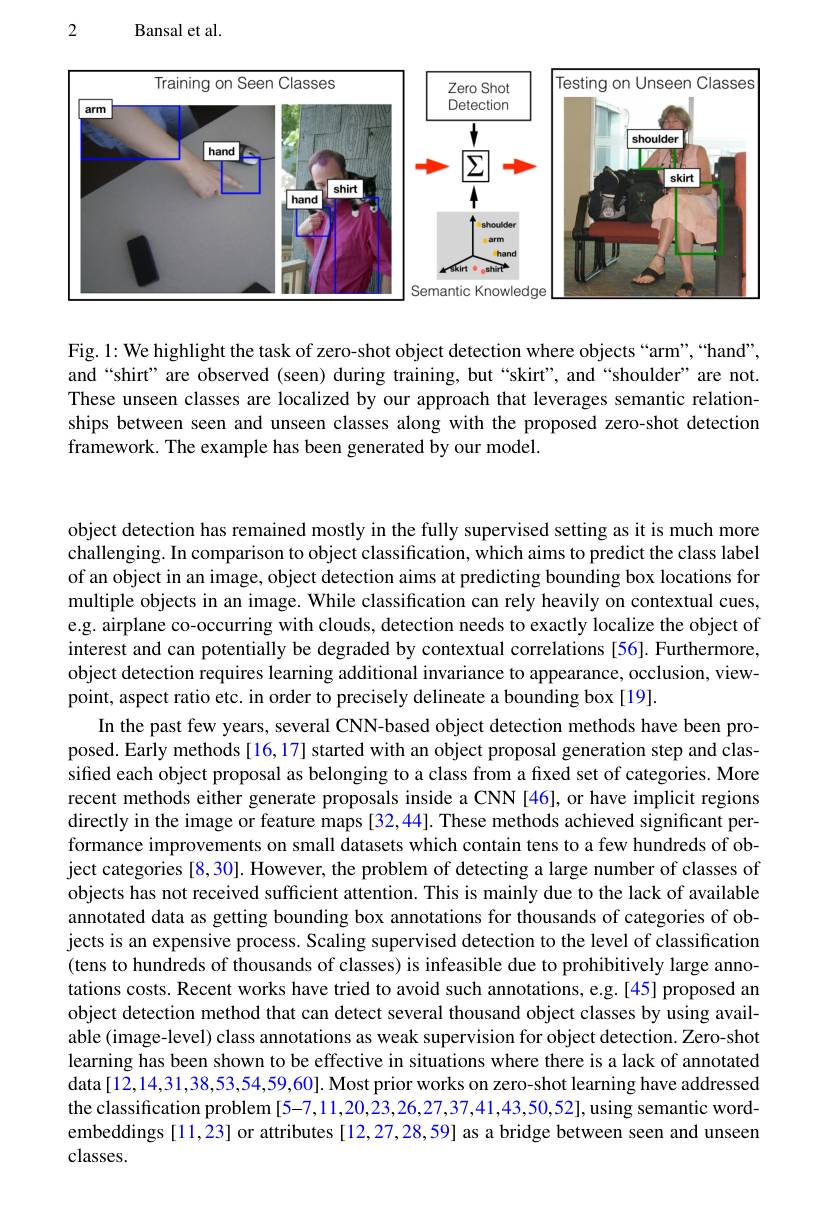
2

Bansal et al

<FigureHere>

Fig. 1: We highlight the task of zero-shot object detection where objects “arm”,“hand”, and“shirt”are observed(seen) during training, but“skirt”, and“shoulder”are not. These unseen classes are localized by our approach that leverages semantic relationships between seen and unseen classes along with the proposed zero-shot detection framework. The example has been generated by our model.

object detection has remained mostly in the fully supervised setting as it is much more challenging. In comparison to object classification, which aims to predict the class label of an object in an image, object detection aims at predicting bounding box locations for multiple objects in an image. While classification can rely heavily on contextual cues, e.g. airplane co-occurring with clouds, detection needs to exactly localize the object of interest and can potentially be degraded by contextual correlations [56]. Furthermore, object detection requires learning additional invariance to appearance, occlusion, viewpoint, aspect ratio etc. in order to precisely delineate a bounding box [19].
In the past few years, several CNN-based object detection methods have been proposed. Early methods[16,17] started with an object proposal generation step and classiffed each object proposal as belonging to a class from a fixed set of categories. More recent methods either generate proposals inside a CNN[46], or have implicit regions directly in the image or feature maps [32,44]. These methods achieved significant performance improvements on small datasets which contain tens to a few hundreds of object categories [8,30]. However, the problem of detecting a large number of classes of objects has not received sufficient attention. This is mainly due to the lack of available annotated data as getting bounding box annotations for thousands of categories of objects is an expensive process. Scaling supervised detection to the level of classification (tens to hundreds of thousands of classes) is infeasible due to prohibitively large annotations costs. Recent works have tried to avoid such annotations, e.g.[45] proposed an object detection method that can detect several thousand object classes by using available (image-level) class annotations as weak supervision for object detection. Zero-shot learning has been shown to be effective in situations where there is a lack of annotated data[12,14,31,38,53,54,59,60]. Most prior works on zero-shot learning have addressed the classification problem [5-7,11,20,23,26,27,37,41,43,50,52], using semantic wordembeddings [11,23] or attributes [12,27,28,59] as a bridge between seen and unseen classes.